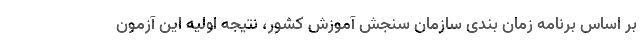
بر اساس برنامه زمان بندی سازمان سنجش آموزش کشور، نتیجه اولیه این آزمون